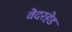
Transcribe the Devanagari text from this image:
वेदरहेड